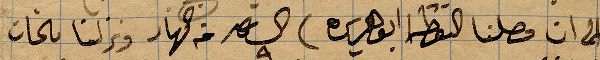
الى ان وصلنا نقطة أبو هريره الساعةة ٩ من النهار ونزلنا بالخان